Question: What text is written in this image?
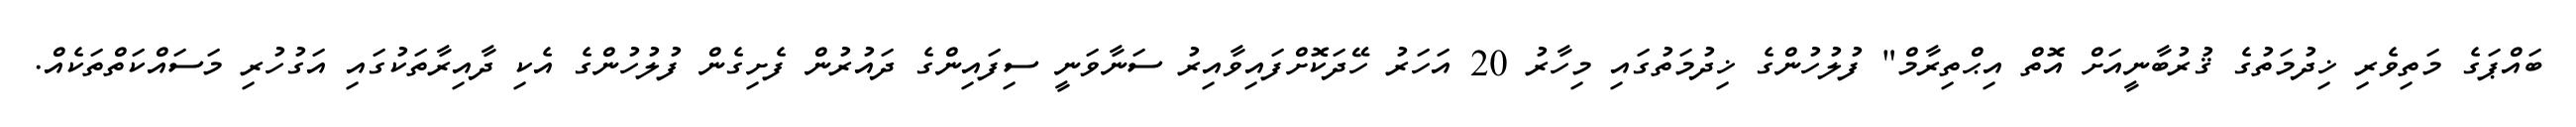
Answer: ބައްޕަގެ މަތިވެރި ޚިދުމަތުގެ ޤުރުބާނީއަށް އޮތް އިޙްތިރާމް" ފުލުހުންގެ ޚިދުމަތުގައި މިހާރު 20 އަހަރު ހޭދަކޮށްފައިވާއިރު ސަނާވަނީ ސިފައިންގެ ދައުރުން ފެށިގެން ފުލުހުންގެ އެކި ދާއިރާތަކުގައި އަގުހުރި މަސައްކަތްތަކެއް.